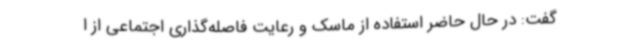
گفت: در حال حاضر استفاده از ماسک و رعایت فاصله‌گذاری اجتماعی از ا